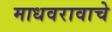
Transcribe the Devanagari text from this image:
माधवरावाचे